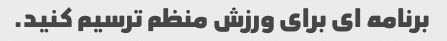
برنامه ای برای ورزش منظم ترسیم کنید.